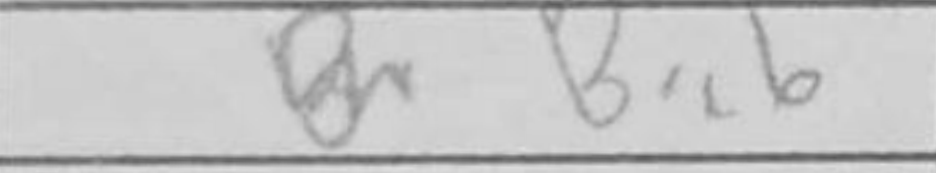
Transcription: Bxc6